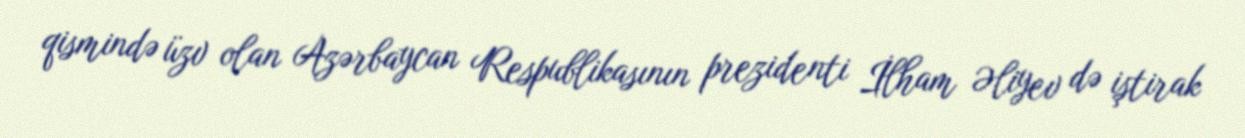
qismində üzv olan Azərbaycan Respublikasının prezidenti İlham Əliyev də iştirak